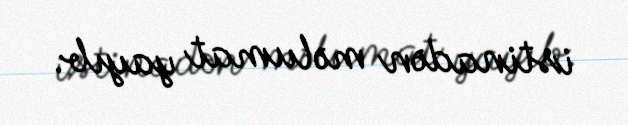
istinadən məlumat yayıb.